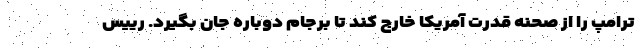
ترامپ را از صحنه قدرت آمریکا خارج کند تا برجام دوباره جان بگیرد. رییس